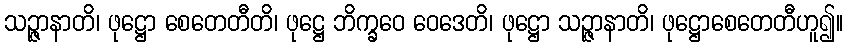
သဉ္ဇာနာတိ၊ ဖုဋ္ဌော စေတေတီတိ၊ ဖုဋ္ဌေ ဘိက္ခဝေ ဝေဒေတိ၊ ဖုဋ္ဌော သဉ္ဇာနာတိ၊ ဖုဋ္ဌောစေတေတီဟူ၍။